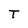
Character: T